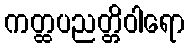
ကတ္ထပညတ္တိဝါရော